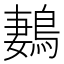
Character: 鶈